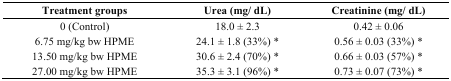
<table><thead><tr><td><b>Treatment groups</b></td><td><b>Urea (mg/ dL)</b></td><td><b>Creatinine (mg/ dL)</b></td></tr></thead><tbody><tr><td>0 (Control)</td><td>18.0 ± 2.3</td><td>0.42 ± 0.06</td></tr><tr><td>6.75 mg/kg bw HPME</td><td>24.1 ± 1.8 (33%) *</td><td>0.56 ± 0.03 (33%) *</td></tr><tr><td>13.50 mg/kg bw HPME</td><td>30.6 ± 2.4 (70%) *</td><td>0.66 ± 0.03 (57%) *</td></tr><tr><td>27.00 mg/kg bw HPME</td><td>35.3 ± 3.1 (96%) *</td><td>0.73 ± 0.07 (73%) *</td></tr></tbody></table>